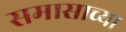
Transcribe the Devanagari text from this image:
समासाच्या